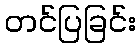
တင်ပြခြင်း